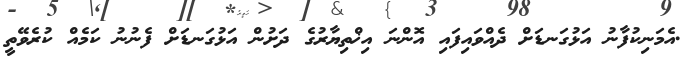
.އެމަނިކުފާނު އަޅުގަނޑަށް ދެއްވައިފައި އޮންނަ އިޚްތިޔާރުގެ ދަށުން އަޅުގަނޑަށް ފެނުނު ކަމެއް ކުރެވޭތީ